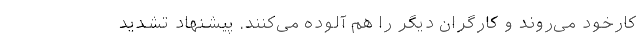
کارخود می‌روند و کارگران دیگر را هم آلوده می‌کنند. پیشنهاد تشدید